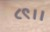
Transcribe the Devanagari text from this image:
८९।।